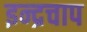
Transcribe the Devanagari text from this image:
इन्द्रचाप